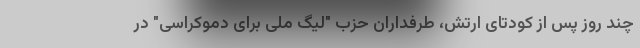
چند روز پس از کودتای ارتش، طرفداران حزب "لیگ ملی برای دموکراسی" در